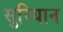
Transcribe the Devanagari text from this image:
सुरियान